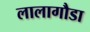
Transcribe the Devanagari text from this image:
लालागौडा